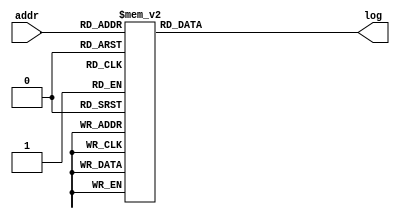
`define SIMULATION_MEMORY
//`define SIMULATION_addfp
`define VECTOR_DEPTH 64 //Q,K,V vector size
`define DATA_WIDTH 16
`define VECTOR_BITS 1024 // 16 bit each (16x64)
`define NUM_WORDS 32   //num of words in the sentence
`define BUF_AWIDTH 4 //16 entries in each buffer ram
`define BUF_LOC_SIZE 4 //4 words in each addr location
`define OUT_RAM_DEPTH 512 //512 entries in output bram
`define EXPONENT 8
`define MANTISSA 7
`define EXPONENT 5
`define MANTISSA 10
`define SIGN 1
`define DWIDTH (`SIGN+`EXPONENT+`MANTISSA)
`define DEFINES_DONE
`define DATAWIDTH (`SIGN+`EXPONENT+`MANTISSA)
`define IEEE_COMPLIANCE 1
`define NUM 4
`define ADDRSIZE 4

module FP8LUT2(addr, log);
    input [7:0] addr;
    output reg [15:0] log;

    always @(addr) begin
        case (addr)
			8'b0 		: log = 16'b0000000000000000;
			8'b1 		: log = 16'b0001101111111100;
			8'b10 		: log = 16'b0001111111111000;
			8'b11 		: log = 16'b0010000111110111;
			8'b100 		: log = 16'b0010001111110000;
			8'b101 		: log = 16'b0010010011110100;
			8'b110 		: log = 16'b0010010111101110;
			8'b111 		: log = 16'b0010011011101000;
			8'b1000 		: log = 16'b0010011111100001;
			8'b1001 		: log = 16'b0010100001101100;
			8'b1010 		: log = 16'b0010100011101000;
			8'b1011 		: log = 16'b0010100101100011;
			8'b1100 		: log = 16'b0010100111011101;
			8'b1101 		: log = 16'b0010101001010111;
			8'b1110 		: log = 16'b0010101011010001;
			8'b1111 		: log = 16'b0010101101001010;
			8'b10000 		: log = 16'b0010101111000011;
			8'b10001 		: log = 16'b0010110000011101;
			8'b10010 		: log = 16'b0010110001011001;
			8'b10011 		: log = 16'b0010110010010101;
			8'b10100 		: log = 16'b0010110011010000;
			8'b10101 		: log = 16'b0010110100001100;
			8'b10110 		: log = 16'b0010110101000111;
			8'b10111 		: log = 16'b0010110110000010;
			8'b11000 		: log = 16'b0010110110111100;
			8'b11001 		: log = 16'b0010110111110111;
			8'b11010 		: log = 16'b0010111000110001;
			8'b11011 		: log = 16'b0010111001101011;
			8'b11100 		: log = 16'b0010111010100101;
			8'b11101 		: log = 16'b0010111011011110;
			8'b11110 		: log = 16'b0010111100011000;
			8'b11111 		: log = 16'b0010111101010001;
			8'b100000 		: log = 16'b0010111110001010;
			8'b100001 		: log = 16'b0010111111000011;
			8'b100010 		: log = 16'b0010111111111011;
			8'b100011 		: log = 16'b0011000000011010;
			8'b100100 		: log = 16'b0011000000110110;
			8'b100101 		: log = 16'b0011000001010010;
			8'b100110 		: log = 16'b0011000001101110;
			8'b100111 		: log = 16'b0011000010001010;
			8'b101000 		: log = 16'b0011000010100101;
			8'b101001 		: log = 16'b0011000011000001;
			8'b101010 		: log = 16'b0011000011011100;
			8'b101011 		: log = 16'b0011000011111000;
			8'b101100 		: log = 16'b0011000100010011;
			8'b101101 		: log = 16'b0011000100101111;
			8'b101110 		: log = 16'b0011000101001010;
			8'b101111 		: log = 16'b0011000101100101;
			8'b110000 		: log = 16'b0011000110000000;
			8'b110001 		: log = 16'b0011000110011011;
			8'b110010 		: log = 16'b0011000110110110;
			8'b110011 		: log = 16'b0011000111010000;
			8'b110100 		: log = 16'b0011000111101011;
			8'b110101 		: log = 16'b0011001000000101;
			8'b110110 		: log = 16'b0011001000100000;
			8'b110111 		: log = 16'b0011001000111010;
			8'b111000 		: log = 16'b0011001001010101;
			8'b111001 		: log = 16'b0011001001101111;
			8'b111010 		: log = 16'b0011001010001001;
			8'b111011 		: log = 16'b0011001010100011;
			8'b111100 		: log = 16'b0011001010111101;
			8'b111101 		: log = 16'b0011001011010111;
			8'b111110 		: log = 16'b0011001011110001;
			8'b111111 		: log = 16'b0011001100001010;
			8'b1000000 		: log = 16'b0011001100100100;
			8'b1000001 		: log = 16'b0011001100111110;
			8'b1000010 		: log = 16'b0011001101010111;
			8'b1000011 		: log = 16'b0011001101110000;
			8'b1000100 		: log = 16'b0011001110001010;
			8'b1000101 		: log = 16'b0011001110100011;
			8'b1000110 		: log = 16'b0011001110111100;
			8'b1000111 		: log = 16'b0011001111010101;
			8'b1001000 		: log = 16'b0011001111101110;
			8'b1001001 		: log = 16'b0011010000000100;
			8'b1001010 		: log = 16'b0011010000010000;
			8'b1001011 		: log = 16'b0011010000011100;
			8'b1001100 		: log = 16'b0011010000101001;
			8'b1001101 		: log = 16'b0011010000110101;
			8'b1001110 		: log = 16'b0011010001000001;
			8'b1001111 		: log = 16'b0011010001001110;
			8'b1010000 		: log = 16'b0011010001011010;
			8'b1010001 		: log = 16'b0011010001100110;
			8'b1010010 		: log = 16'b0011010001110010;
			8'b1010011 		: log = 16'b0011010001111110;
			8'b1010100 		: log = 16'b0011010010001010;
			8'b1010101 		: log = 16'b0011010010010110;
			8'b1010110 		: log = 16'b0011010010100010;
			8'b1010111 		: log = 16'b0011010010101110;
			8'b1011000 		: log = 16'b0011010010111010;
			8'b1011001 		: log = 16'b0011010011000110;
			8'b1011010 		: log = 16'b0011010011010010;
			8'b1011011 		: log = 16'b0011010011011110;
			8'b1011100 		: log = 16'b0011010011101010;
			8'b1011101 		: log = 16'b0011010011110101;
			8'b1011110 		: log = 16'b0011010100000001;
			8'b1011111 		: log = 16'b0011010100001101;
			8'b1100000 		: log = 16'b0011010100011000;
			8'b1100001 		: log = 16'b0011010100100100;
			8'b1100010 		: log = 16'b0011010100110000;
			8'b1100011 		: log = 16'b0011010100111011;
			8'b1100100 		: log = 16'b0011010101000111;
			8'b1100101 		: log = 16'b0011010101010010;
			8'b1100110 		: log = 16'b0011010101011110;
			8'b1100111 		: log = 16'b0011010101101001;
			8'b1101000 		: log = 16'b0011010101110100;
			8'b1101001 		: log = 16'b0011010110000000;
			8'b1101010 		: log = 16'b0011010110001011;
			8'b1101011 		: log = 16'b0011010110010110;
			8'b1101100 		: log = 16'b0011010110100010;
			8'b1101101 		: log = 16'b0011010110101101;
			8'b1101110 		: log = 16'b0011010110111000;
			8'b1101111 		: log = 16'b0011010111000011;
			8'b1110000 		: log = 16'b0011010111001110;
			8'b1110001 		: log = 16'b0011010111011010;
			8'b1110010 		: log = 16'b0011010111100101;
			8'b1110011 		: log = 16'b0011010111110000;
			8'b1110100 		: log = 16'b0011010111111011;
			8'b1110101 		: log = 16'b0011011000000110;
			8'b1110110 		: log = 16'b0011011000010001;
			8'b1110111 		: log = 16'b0011011000011100;
			8'b1111000 		: log = 16'b0011011000100111;
			8'b1111001 		: log = 16'b0011011000110001;
			8'b1111010 		: log = 16'b0011011000111100;
			8'b1111011 		: log = 16'b0011011001000111;
			8'b1111100 		: log = 16'b0011011001010010;
			8'b1111101 		: log = 16'b0011011001011101;
			8'b1111110 		: log = 16'b0011011001100111;
			8'b1111111 		: log = 16'b0011011001110010;
			8'b10000000 		: log = 16'b0011011001111101;
			8'b10000001 		: log = 16'b0011011010000111;
			8'b10000010 		: log = 16'b0011011010010010;
			8'b10000011 		: log = 16'b0011011010011101;
			8'b10000100 		: log = 16'b0011011010100111;
			8'b10000101 		: log = 16'b0011011010110010;
			8'b10000110 		: log = 16'b0011011010111100;
			8'b10000111 		: log = 16'b0011011011000111;
			8'b10001000 		: log = 16'b0011011011010001;
			8'b10001001 		: log = 16'b0011011011011100;
			8'b10001010 		: log = 16'b0011011011100110;
			8'b10001011 		: log = 16'b0011011011110000;
			8'b10001100 		: log = 16'b0011011011111011;
			8'b10001101 		: log = 16'b0011011100000101;
			8'b10001110 		: log = 16'b0011011100001111;
			8'b10001111 		: log = 16'b0011011100011010;
			8'b10010000 		: log = 16'b0011011100100100;
			8'b10010001 		: log = 16'b0011011100101110;
			8'b10010010 		: log = 16'b0011011100111000;
			8'b10010011 		: log = 16'b0011011101000011;
			8'b10010100 		: log = 16'b0011011101001101;
			8'b10010101 		: log = 16'b0011011101010111;
			8'b10010110 		: log = 16'b0011011101100001;
			8'b10010111 		: log = 16'b0011011101101011;
			8'b10011000 		: log = 16'b0011011101110101;
			8'b10011001 		: log = 16'b0011011101111111;
			8'b10011010 		: log = 16'b0011011110001001;
			8'b10011011 		: log = 16'b0011011110010011;
			8'b10011100 		: log = 16'b0011011110011101;
			8'b10011101 		: log = 16'b0011011110100111;
			8'b10011110 		: log = 16'b0011011110110001;
			8'b10011111 		: log = 16'b0011011110111011;
			8'b10100000 		: log = 16'b0011011111000101;
			8'b10100001 		: log = 16'b0011011111001110;
			8'b10100010 		: log = 16'b0011011111011000;
			8'b10100011 		: log = 16'b0011011111100010;
			8'b10100100 		: log = 16'b0011011111101100;
			8'b10100101 		: log = 16'b0011011111110110;
			8'b10100110 		: log = 16'b0011011111111111;
			8'b10100111 		: log = 16'b0011100000000100;
			8'b10101000 		: log = 16'b0011100000001001;
			8'b10101001 		: log = 16'b0011100000001110;
			8'b10101010 		: log = 16'b0011100000010011;
			8'b10101011 		: log = 16'b0011100000011000;
			8'b10101100 		: log = 16'b0011100000011101;
			8'b10101101 		: log = 16'b0011100000100001;
			8'b10101110 		: log = 16'b0011100000100110;
			8'b10101111 		: log = 16'b0011100000101011;
			8'b10110000 		: log = 16'b0011100000110000;
			8'b10110001 		: log = 16'b0011100000110100;
			8'b10110010 		: log = 16'b0011100000111001;
			8'b10110011 		: log = 16'b0011100000111110;
			8'b10110100 		: log = 16'b0011100001000010;
			8'b10110101 		: log = 16'b0011100001000111;
			8'b10110110 		: log = 16'b0011100001001100;
			8'b10110111 		: log = 16'b0011100001010001;
			8'b10111000 		: log = 16'b0011100001010101;
			8'b10111001 		: log = 16'b0011100001011010;
			8'b10111010 		: log = 16'b0011100001011110;
			8'b10111011 		: log = 16'b0011100001100011;
			8'b10111100 		: log = 16'b0011100001101000;
			8'b10111101 		: log = 16'b0011100001101100;
			8'b10111110 		: log = 16'b0011100001110001;
			8'b10111111 		: log = 16'b0011100001110110;
			8'b11000000 		: log = 16'b0011100001111010;
			8'b11000001 		: log = 16'b0011100001111111;
			8'b11000010 		: log = 16'b0011100010000011;
			8'b11000011 		: log = 16'b0011100010001000;
			8'b11000100 		: log = 16'b0011100010001100;
			8'b11000101 		: log = 16'b0011100010010001;
			8'b11000110 		: log = 16'b0011100010010101;
			8'b11000111 		: log = 16'b0011100010011010;
			8'b11001000 		: log = 16'b0011100010011110;
			8'b11001001 		: log = 16'b0011100010100011;
			8'b11001010 		: log = 16'b0011100010100111;
			8'b11001011 		: log = 16'b0011100010101100;
			8'b11001100 		: log = 16'b0011100010110000;
			8'b11001101 		: log = 16'b0011100010110101;
			8'b11001110 		: log = 16'b0011100010111001;
			8'b11001111 		: log = 16'b0011100010111110;
			8'b11010000 		: log = 16'b0011100011000010;
			8'b11010001 		: log = 16'b0011100011000110;
			8'b11010010 		: log = 16'b0011100011001011;
			8'b11010011 		: log = 16'b0011100011001111;
			8'b11010100 		: log = 16'b0011100011010100;
			8'b11010101 		: log = 16'b0011100011011000;
			8'b11010110 		: log = 16'b0011100011011100;
			8'b11010111 		: log = 16'b0011100011100001;
			8'b11011000 		: log = 16'b0011100011100101;
			8'b11011001 		: log = 16'b0011100011101001;
			8'b11011010 		: log = 16'b0011100011101110;
			8'b11011011 		: log = 16'b0011100011110010;
			8'b11011100 		: log = 16'b0011100011110110;
			8'b11011101 		: log = 16'b0011100011111011;
			8'b11011110 		: log = 16'b0011100011111111;
			8'b11011111 		: log = 16'b0011100100000011;
			8'b11100000 		: log = 16'b0011100100000111;
			8'b11100001 		: log = 16'b0011100100001100;
			8'b11100010 		: log = 16'b0011100100010000;
			8'b11100011 		: log = 16'b0011100100010100;
			8'b11100100 		: log = 16'b0011100100011000;
			8'b11100101 		: log = 16'b0011100100011101;
			8'b11100110 		: log = 16'b0011100100100001;
			8'b11100111 		: log = 16'b0011100100100101;
			8'b11101000 		: log = 16'b0011100100101001;
			8'b11101001 		: log = 16'b0011100100101101;
			8'b11101010 		: log = 16'b0011100100110010;
			8'b11101011 		: log = 16'b0011100100110110;
			8'b11101100 		: log = 16'b0011100100111010;
			8'b11101101 		: log = 16'b0011100100111110;
			8'b11101110 		: log = 16'b0011100101000010;
			8'b11101111 		: log = 16'b0011100101000110;
			8'b11110000 		: log = 16'b0011100101001011;
			8'b11110001 		: log = 16'b0011100101001111;
			8'b11110010 		: log = 16'b0011100101010011;
			8'b11110011 		: log = 16'b0011100101010111;
			8'b11110100 		: log = 16'b0011100101011011;
			8'b11110101 		: log = 16'b0011100101011111;
			8'b11110110 		: log = 16'b0011100101100011;
			8'b11110111 		: log = 16'b0011100101100111;
			8'b11111000 		: log = 16'b0011100101101011;
			8'b11111001 		: log = 16'b0011100101101111;
			8'b11111010 		: log = 16'b0011100101110011;
			8'b11111011 		: log = 16'b0011100101110111;
			8'b11111100 		: log = 16'b0011100101111100;
			8'b11111101 		: log = 16'b0011100110000000;
			8'b11111110 		: log = 16'b0011100110000100;
			8'b11111111 		: log = 16'b0011100110001000;
        endcase
    end
endmodule